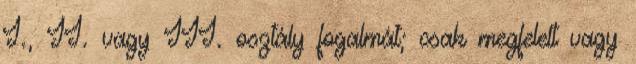
I., II. vagy III. osztály fogalmát; csak megfelelt vagy